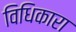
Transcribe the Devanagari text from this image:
विधिकारा